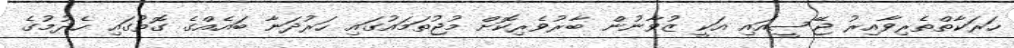
ހަރަކާތްތެރިވާއިރު ޖޭސީއައި އަކީ ޒުވާނުން ބާރުވެރިކޮށް މުޖުތަމައުގައި ހަރުދަނާ ބައެއްގެ ގޮތުގައި ހެދުމުގެ